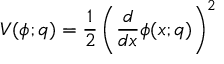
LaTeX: V ( \phi ; q ) = \frac 1 2 \left( \frac { d } { d x } \phi ( x ; q ) \right) ^ { 2 }